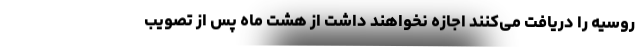
روسیه را دریافت می‌کنند اجازه نخواهند داشت از هشت ماه پس از تصویب